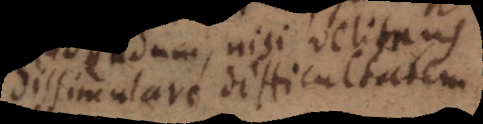
dissimulare difficultatem.